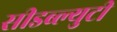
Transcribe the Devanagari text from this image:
सीडब्ल्युटी